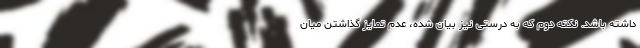
داشته باشد. نکته دوم که به درستی نیز بیان شده، عدم تمایز گذاشتن میان